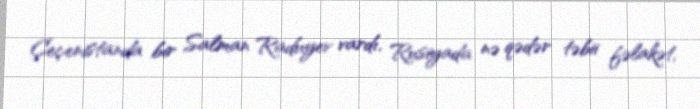
Çeçenistanda bir Salman Raduyev vardı, Rusiyada nə qədər təbii fəlakət,